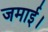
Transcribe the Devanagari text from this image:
जमाई।